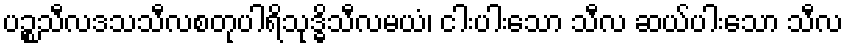
ပဉ္စသီလဒသသီလစတုပါရိသုဒ္ဓိသီလမယံ၊ ငါးပါးသော သီလ ဆယ်ပါးသော သီလ